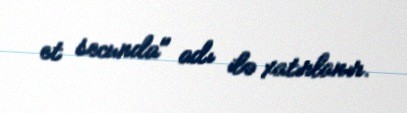
et secunda" adı ilə xatırlanır.